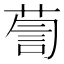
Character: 𮏹